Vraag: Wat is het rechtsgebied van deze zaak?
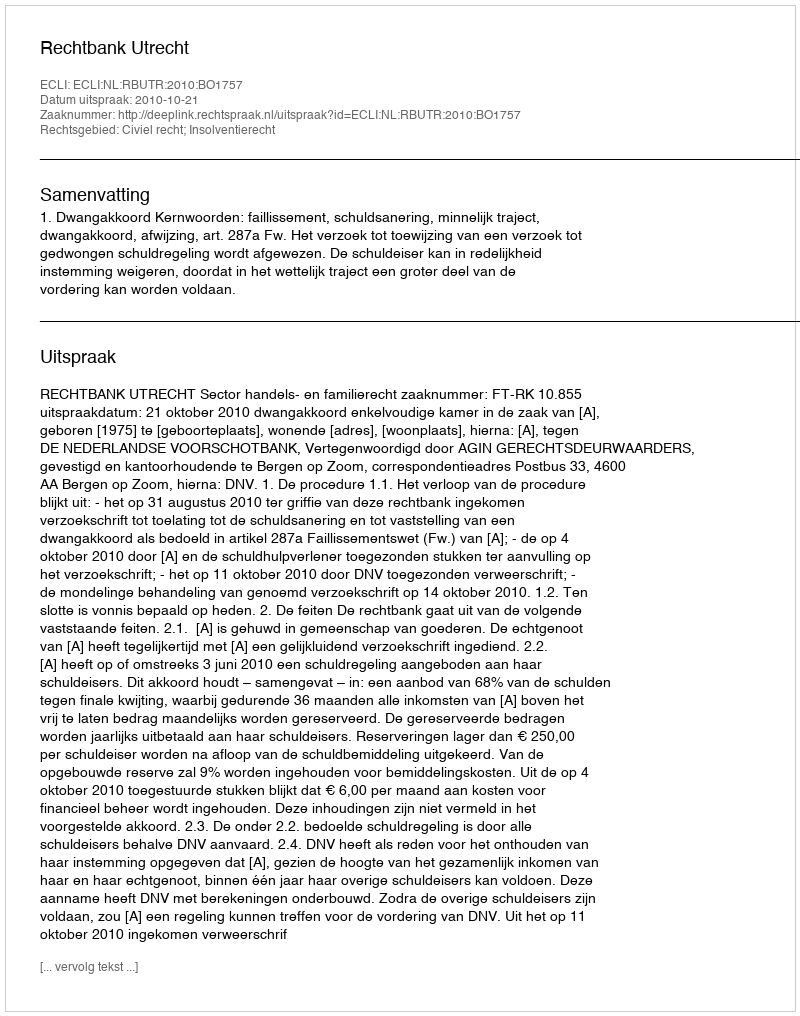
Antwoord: Civiel recht; Insolventierecht